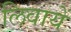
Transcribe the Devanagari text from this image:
लिवायें